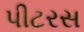
પીટરસ